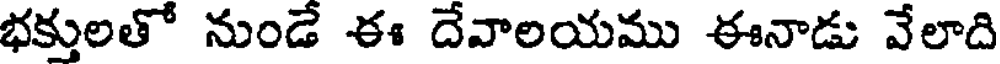
భక్తులతో నుండే ఈ దేవాలయము ఈనాడు వేలాది